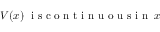
V ( x ) \; \mathrm { ~ i ~ s ~ c ~ o ~ n ~ t ~ i ~ n ~ u ~ o ~ u ~ s ~ i ~ n ~ } \; x